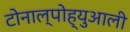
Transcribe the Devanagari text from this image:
टोनाल्पोह्युआली